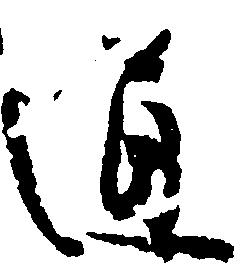
通